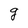
Character: g